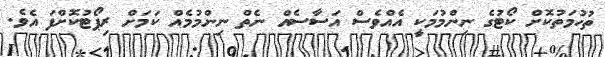
ތުހުމަތުކޮށް ކޯޓުގެ ނިންމުމަކީ އެއްވެސް އަސާސެއް ނެތް ނިންމުމެއް ކަމަށް ރިޕޯޓުކޮށްފަ އެވެ.